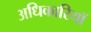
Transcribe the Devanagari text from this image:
अधिकारियॉ